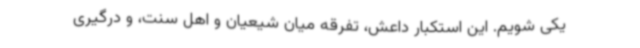
یکی شویم. این استکبار داعش، تفرقه میان شیعیان و اهل سنت، و درگیری